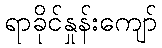
ရာခိုင်နှုန်းကျော်